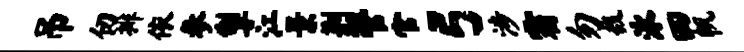
吊仞排依参掣江景荆管官弓涉霜勿哉泳四帆